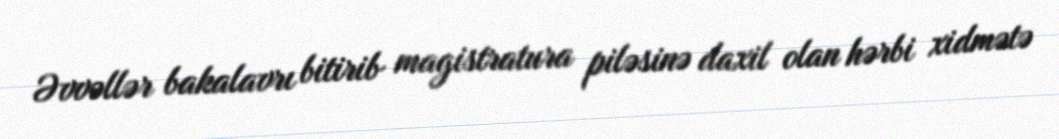
Əvvəllər bakalavrı bitirib magistratura piləsinə daxil olan hərbi xidmətə